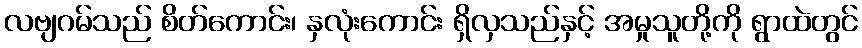
လဗျဂမ်သည် စိတ်ကောင်း၊ နှလုံးကောင်း ရှိလှသည်နှင့် အမှုသူတို့ကို ရွာထဲတွင်